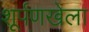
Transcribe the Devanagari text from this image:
शूर्पणखेला